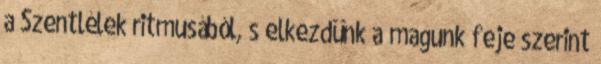
a Szentlélek ritmusából, s elkezdünk a magunk feje szerint